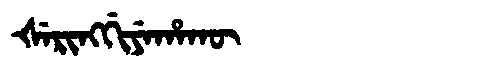
Manchu: ᡧᡝᡵᡳᠩᡤᡳᠶᡝᡥᠠᡴᡡ
Romanization: ŠERINGGIYEHAKŪ